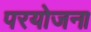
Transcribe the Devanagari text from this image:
परयोजना